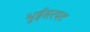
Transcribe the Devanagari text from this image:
भुईसरपट